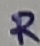
Text: R